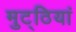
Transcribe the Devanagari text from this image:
मुट्ठियां